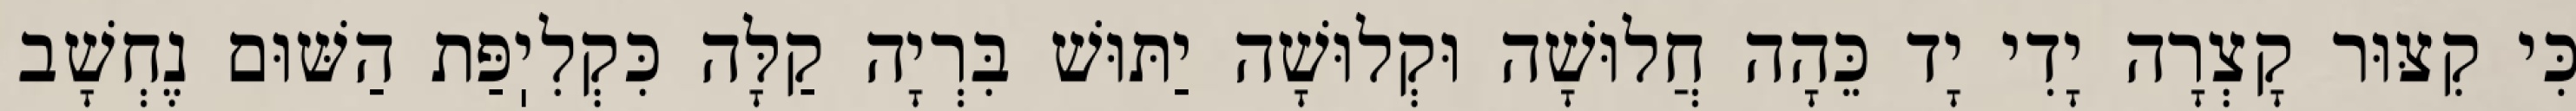
כִּי קִצּוּר קָצְרָה יָדִי יָד כֵּהָה חֲלוּשָׁה וּקְלוּשָׁה יַתּוּשׁ בִּרְיָה קַלָּה כִּקְלִיֽפַּת הַשּׁוּם נֶחְשָׁב